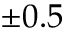
\pm 0 . 5